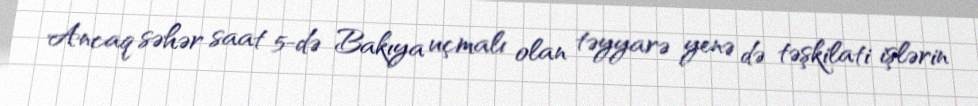
Ancaq səhər saat 5-də Bakıya uçmalı olan təyyarə yenə də təşkilati işlərin